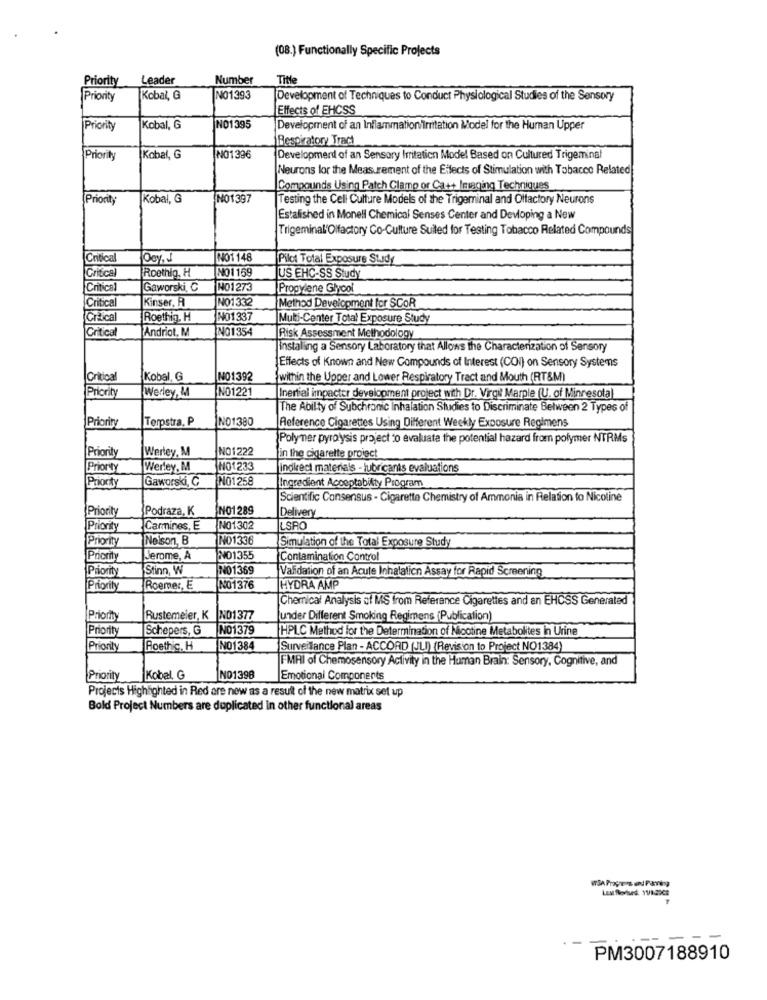
(08.) Functionally Specific Projects
Priority
Leader
Number
Title
Priority
Kobal, G
NO1393
Development of Techniques to Conduct Physiological Studies of the Sensory
Effects of EHCSS
Priority
Kobal, G
NO1395
Development of an Inflammation irritation Model for the Human Upper
Respiratory Tract
Priority
Kobal, G
NO1396
Development of an Sensory Irritation Model Based on Cultured Trigeminal
Neurons for the Measurement of the Effects of Stimulation with Tobacco Related
Compounds Using Patch Clamp or Cat+ Imaging Techniques
Priority
Kobal, G
NO1397
Testing the Cell Culture Models of the Trigeminal and Olfactory Neurons
Estalished in Monell Chemical Senses Center and Devloping a New
Trigeminal'Olfactory Co-Culture Suited for Testing Tobacco Related Compounds
Critical
JODY, J
NO1 148
Pilot Total Exposure Study
Critical
Roethig, H
NO1159
US EHC-SS Study
Critical
Gaworski, C
NO1273
Propylene Glycol
Critical
Kinser. A
NO1332
Method Development for SCOR
Critical
Roethin, H
NO1337
Muti-Center Total Exposure Study
Critical
Andriot, M
NO1354
Risk Assessment Methodology
installing a Sensory Laboratory that Allows the Characterization of Sensory
Effects of Known and New Compounds of Interest (CON) on Sensory Systems
Critical
Kobal, G
IN01392
{within the Upper and Lower Respiratory Tract and Mouth (RT&M)
Priority
NO1221
Werley, M
Inertial impacter development project with Dr. Virgil Marple (U. of Minnesota)
The Ability of Subchronic Inhalation Studies to Discriminate Between 2 Types of
Priority
Terpstra, P
IN01380
Reference Cigarettes Using Different Weekly Exposure Regimens
Polymer pyrolysis project to evaluate the potential hazard from polymer NTRMs
Priority
NO1222
Werley, M
in the cigarette project
Priority
Werley, M
NO1233
indirect materials - lubricants evaluations
Priority
Gaworski, C
INO1258
Ingredient Acceptability Program
Scientific Consensus - Cigarette Chemistry of Ammonia in Relation to Nicoline
Priority
Podraza, K
NO1289
Delivery
Priority
Carmines, E
NO1302
LSRO
Priority
Nelson, B
NO1336
Simulation of the Total Exposure Study
Promy
Jerome, A
NO1355
Contamination Control
Priority
Stinn, W
N001369
Validation of an Acute Inhalation Assay for Rapid Screening
Priority
Roemer, E
NO1376
HYDRA AMP
Chemical Analysis of MS from Referance Cigarettes and an EHCSS Generated
Priority
Rustemeier, K
NO1377
under Different Smoking Regimens (Publication)
Priority
Schepers, G
NO1379
HPLC Method for the Determination of Nicotine Metabolites in Urine
Prionty
Poethic, H
NO1384
Surveillance Plan - ACCORD (JL) (Revision to Project NO1384)
FMRI of Chemosensory Activity in the Human Brain: Sensory, Cognitive, and
Priority
Kobal, G
NO1398
Emotional Components
Projects Highlighted in Red are new as a result of the new matrix set up
Bold Project Numbers are duplicated in other functional areas
PM3007188910